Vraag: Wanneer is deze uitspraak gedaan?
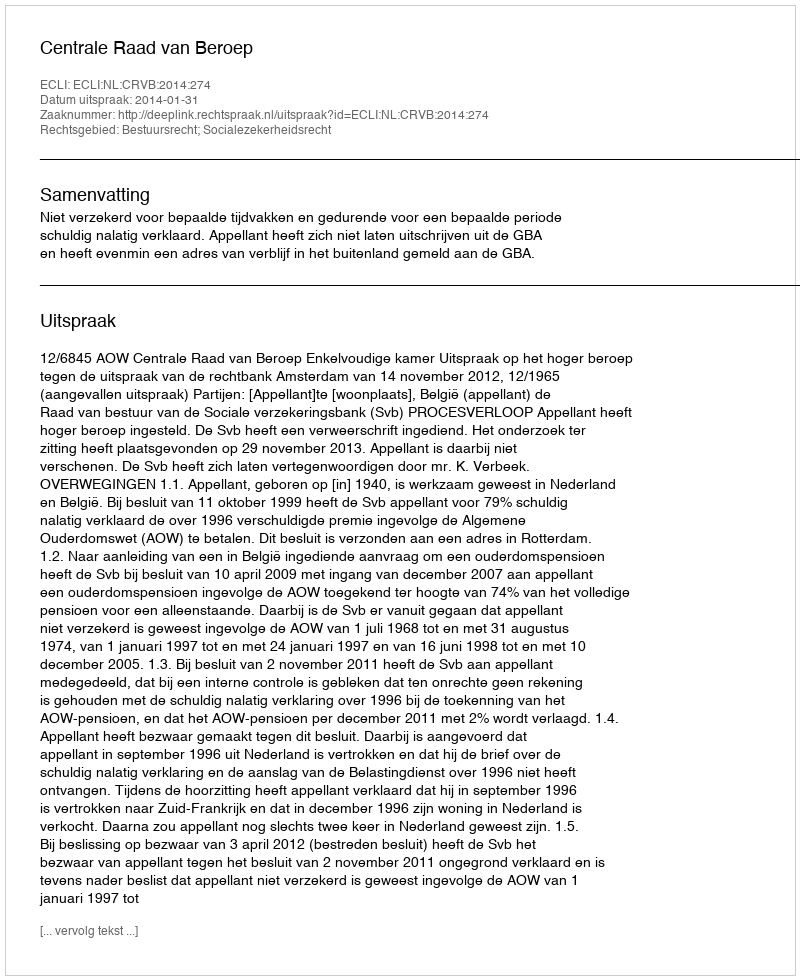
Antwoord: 2014-01-31